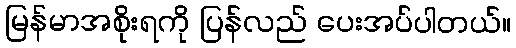
မြန်မာအစိုးရကို ပြန်လည် ပေးအပ်ပါတယ်။